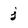
Character: j